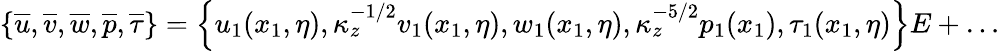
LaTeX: \left\{ \overline{{u}},\overline{{v}},\overline{{w}},\overline{{p}},\overline{{\tau}}\right\} =\left\{ u_{1}(x_{1},\eta),\kappa_{z}^{-1/2}v_{1}(x_{1},\eta),w_{1}(x_{1},\eta),\kappa_{z}^{-5/2}p_{1}(x_{1}),\tau_{1}(x_{1},\eta)\right\} E+\ldots